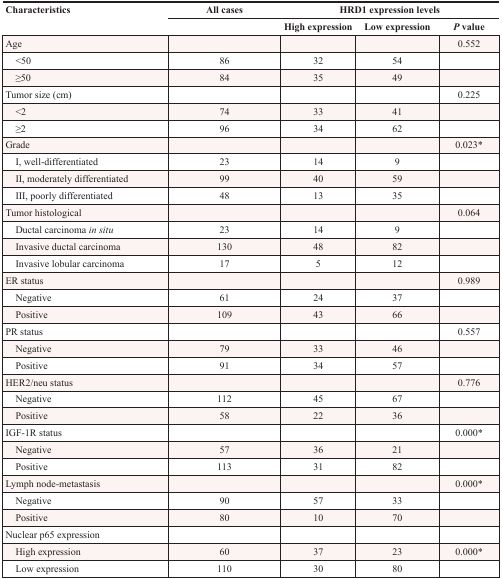
<table><thead><tr><td rowspan="2"><b>Characteristics</b></td><td><b>All cases</b></td><td colspan="3"><b>HRD1 expression levels</b></td></tr><tr><td></td><td><b>High expression</b></td><td><b>Low expression</b></td><td><b><i>P</i> value</b></td></tr></thead><tbody><tr><td>Age</td><td></td><td></td><td></td><td>0.552</td></tr><tr><td> &lt;50</td><td>86</td><td>32</td><td>54</td><td></td></tr><tr><td> ≥50</td><td>84</td><td>35</td><td>49</td><td></td></tr><tr><td>Tumor size (cm)</td><td></td><td></td><td></td><td>0.225</td></tr><tr><td> &lt;2</td><td>74</td><td>33</td><td>41</td><td></td></tr><tr><td> ≥2</td><td>96</td><td>34</td><td>62</td><td></td></tr><tr><td>Grade</td><td></td><td></td><td></td><td>0.023*</td></tr><tr><td> I, well-differentiated</td><td>23</td><td>14</td><td>9</td><td></td></tr><tr><td> II, moderately differentiated</td><td>99</td><td>40</td><td>59</td><td></td></tr><tr><td> III, poorly differentiated</td><td>48</td><td>13</td><td>35</td><td></td></tr><tr><td>Tumor histological</td><td></td><td></td><td></td><td>0.064</td></tr><tr><td> Ductal carcinoma <i>in situ</i></td><td>23</td><td>14</td><td>9</td><td></td></tr><tr><td> Invasive ductal carcinoma</td><td>130</td><td>48</td><td>82</td><td></td></tr><tr><td> Invasive lobular carcinoma</td><td>17</td><td>5</td><td>12</td><td></td></tr><tr><td>ER status</td><td></td><td></td><td></td><td>0.989</td></tr><tr><td> Negative</td><td>61</td><td>24</td><td>37</td><td></td></tr><tr><td> Positive</td><td>109</td><td>43</td><td>66</td><td></td></tr><tr><td>PR status</td><td></td><td></td><td></td><td>0.557</td></tr><tr><td> Negative</td><td>79</td><td>33</td><td>46</td><td></td></tr><tr><td> Positive</td><td>91</td><td>34</td><td>57</td><td></td></tr><tr><td>HER2/neu status</td><td></td><td></td><td></td><td>0.776</td></tr><tr><td> Negative</td><td>112</td><td>45</td><td>67</td><td></td></tr><tr><td> Positive</td><td>58</td><td>22</td><td>36</td><td></td></tr><tr><td>IGF-1R status</td><td></td><td></td><td></td><td>0.000*</td></tr><tr><td> Negative</td><td>57</td><td>36</td><td>21</td><td></td></tr><tr><td> Positive</td><td>113</td><td>31</td><td>82</td><td></td></tr><tr><td>Lymph node-metastasis</td><td></td><td></td><td></td><td>0.000*</td></tr><tr><td> Negative</td><td>90</td><td>57</td><td>33</td><td></td></tr><tr><td> Positive</td><td>80</td><td>10</td><td>70</td><td></td></tr><tr><td>Nuclear p65 expression</td><td></td><td></td><td></td><td></td></tr><tr><td> High expression</td><td>60</td><td>37</td><td>23</td><td>0.000*</td></tr><tr><td> Low expression</td><td>110</td><td>30</td><td>80</td><td></td></tr></tbody></table>